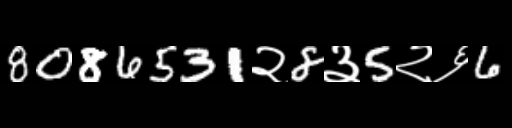
Text: 8086531२8३5२६6